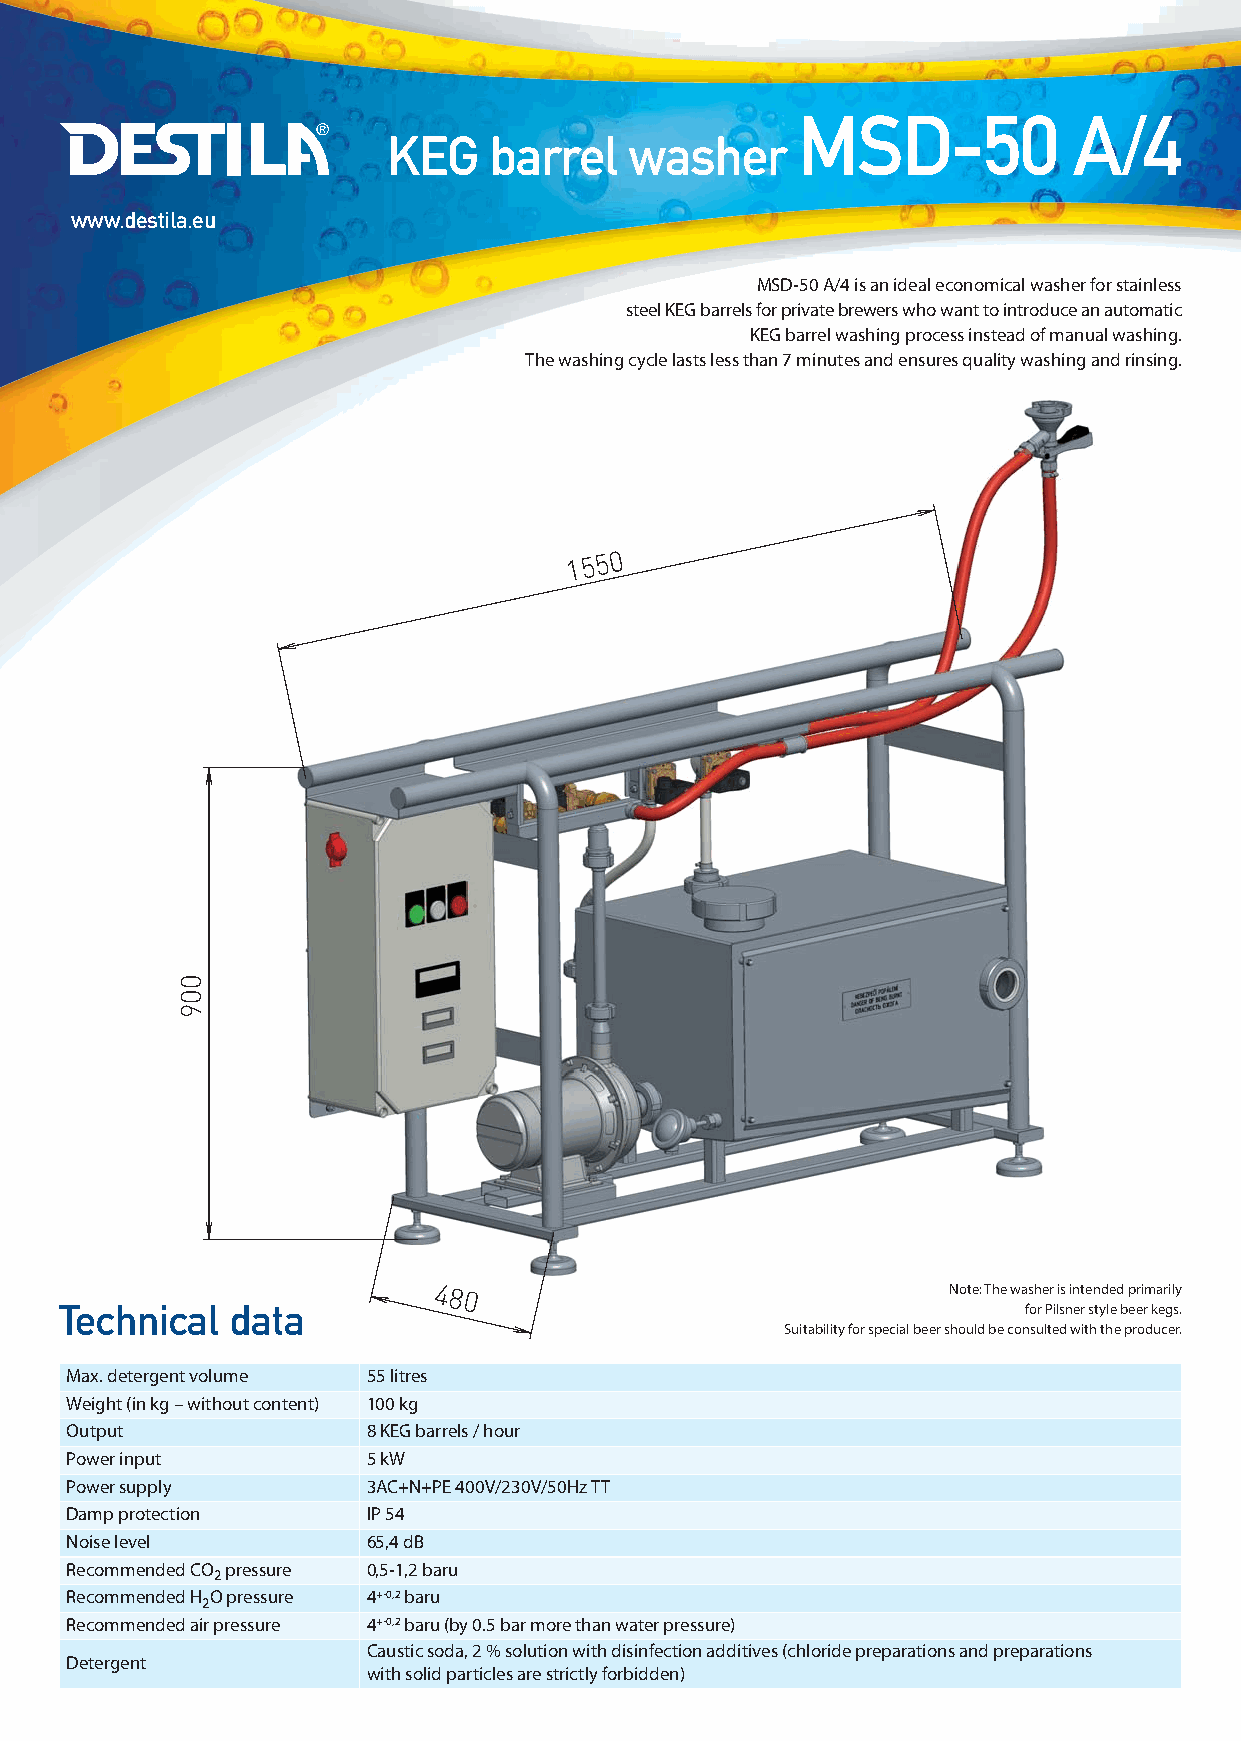
KL MyckaKEG_ang_Sestava 1 07.11.18 18:14 Stránka 1
 MSD-50            A/4
 KEG   barrel   washer
 www.destila.eu
 MSD-50 A/4 is an ideal economical washer for stainless
 steel KEG barrels for private brewers who want to introduce an automatic
 KEG barrel washing process instead of manual washing.
 The washing cycle lasts less than 7 minutes and ensures quality washing and rinsing.
 1550
 480                               Note: The washer is intended primarily
 Technical  data                                                 for Pilsner style beer kegs.
 Suitability for special beer should be consulted with the producer.
 Max. detergent volume 55 litres
 Weight (in kg – without content) 100 kg
 Output              8 KEG barrels / hour
 Power input         5 kW
 Power supply        3AC+N+PE 400V/230V/50Hz TT
 Damp protection     IP 54
 Noise level         65,4 dB
 Recommended CO pressure 0,5-1,2 baru
 2
 Recommended H O pressure 4+-0,2baru
 2
 Recommended air pressure 4+-0,2baru (by 0.5 bar more than water pressure)
 Caustic soda, 2 % solution with disinfection additives (chloride preparations and preparations
 Detergent
 with solid particles are strictly forbidden)
 009